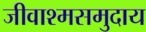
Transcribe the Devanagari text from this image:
जीवाश्मसमुदाय